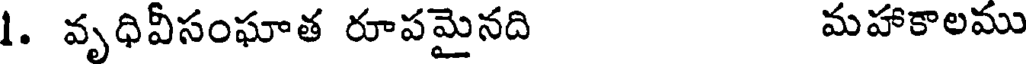
1. వృధివీసంఘాత రూపమైనది మహాకాలము